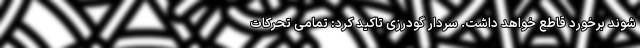
شوند برخورد قاطع خواهد داشت. سردار گودرزی تاکید کرد: تمامی تحرکات